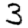
Digit: 3